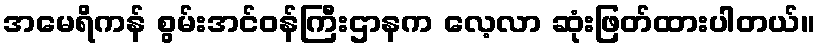
အမေရိကန် စွမ်းအင်ဝန်ကြီးဌာနက လေ့လာ ဆုံးဖြတ်ထားပါတယ်။